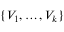
\{ V _ { 1 } , \ldots , V _ { k } \}